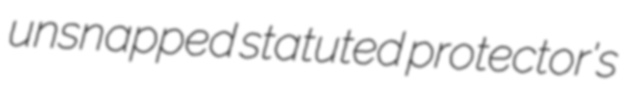
unsnapped statuted protector's